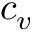
c _ { v }